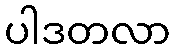
ပါဒတလာ